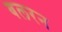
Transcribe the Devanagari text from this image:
बलरन